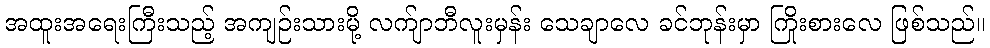
အထူးအရေးကြီးသည့် အကျဉ်းသားမို့ လက်ျာဘီလူးမှန်း သေချာလေ ခင်ဘုန်းမှာ ကြိုးစားလေ ဖြစ်သည်။